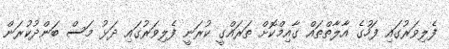
ފެލިވަރުގައި ފަހުގެ އާލާތްތައް ގާއިމްކޮށް ތަރައްގީ ކުރަނީ ފެލިވަރުގައި ދަޅު މަސް ބަންދުކުރަން